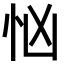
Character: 忷